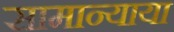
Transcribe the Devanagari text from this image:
सामान्याया